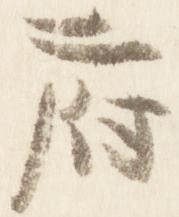
府